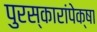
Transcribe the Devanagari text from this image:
पुरस्कारांपेक्षा